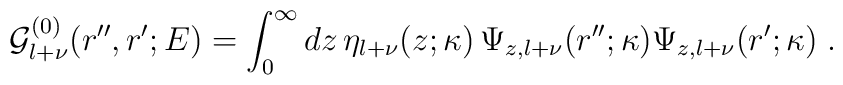
{\mathcal G}^{(0)}_{l+\nu} (r'',r';E) =\int_{0}^{\infty}  dz\,\eta_{l+\nu}(z;\kappa)\,\Psi_{z,l+\nu} (r'';\kappa) \Psi_{z,l+\nu} (r';\kappa)\;   .